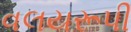
વલયરૂપી